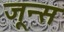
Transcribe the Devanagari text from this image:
जून्स